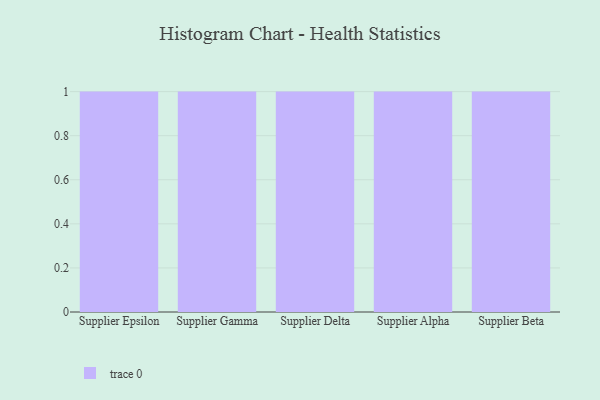
{"axis": {"x": "Supplier", "y": "Page Views"}, "legend": [""], "data": [{"x": "Supplier Epsilon", "y": 4, "type": ""}, {"x": "Supplier Gamma", "y": 38, "type": ""}, {"x": "Supplier Delta", "y": 20, "type": ""}, {"x": "Supplier Alpha", "y": 20, "type": ""}, {"x": "Supplier Beta", "y": 1, "type": ""}]}